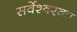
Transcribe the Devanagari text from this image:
सर्वेश्वरका